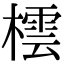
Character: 橒